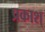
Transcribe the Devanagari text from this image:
प्रकाश्